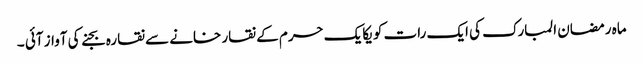
ماہ رمضان المبارک کی ایک رات کو یکایک حرم کے نقار خانے سے نقارہ بجنے کی آواز آئی ۔